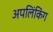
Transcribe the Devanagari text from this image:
अपलिंकिंग